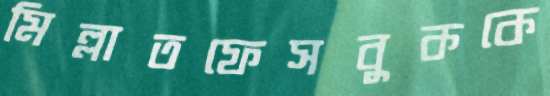
মিল্লাতফেসবুককে